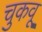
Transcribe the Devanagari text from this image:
चुकवू